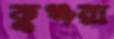
কুঞ্জরা